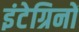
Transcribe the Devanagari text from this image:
इंटेग्रिनों